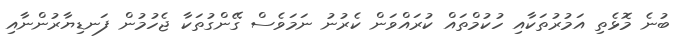
ބުނެ މޮޅެތި އަމުރުތަކާއި ހުކުމްތައް ކުރައްވަން ކެރުނު ނަމަވެސް ގޭންގުތަކާ ޖެހުމުން ފަނޑިޔާރުންނާއި